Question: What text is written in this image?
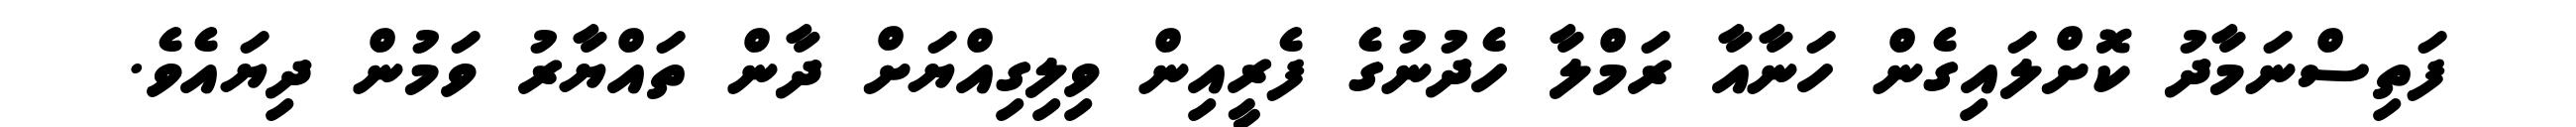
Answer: ފަތިސްނަމާދު ކޮށްލައިގެން ހަނާއާ ރަމްލާ ހެދުނުގެ ފެރީއިން ވިލިގިއްޔަށް ދާން ތައްޔާރު ވަމުން ދިޔައެވެ.